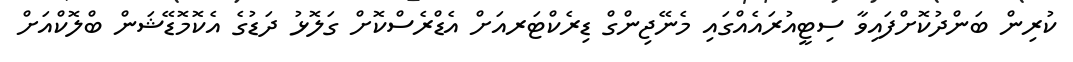
ކުރިން ބަންދުކޮށްފައިވާ ސިޓީއުރައެއްގައި މެނޭޖިންގް ޑިރެކްޓަރއަށް އެޑްރެސްކޮށް ގަލޮޅު ދަޑުގެ އެކޮމޮޑޭޝަން ބްލޮކްއަށް